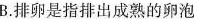
B.排卵是指排出成熟的卵泡